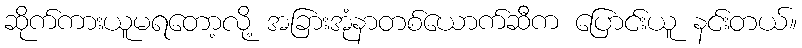
ဆိုက်ကားယူမရတော့လို့ အခြားအုံနာတစ်ယောက်ဆီက ပြောင်းယူ နင်းတယ်။